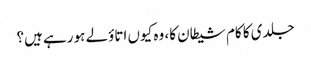
جلدی کا کام شیطان کا، وہ کیوں اتاؤلے ہو رہے ہیں؟